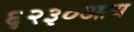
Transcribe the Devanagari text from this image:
६२३०आय